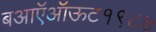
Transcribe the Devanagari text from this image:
बआऍऑऊट१९८७